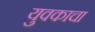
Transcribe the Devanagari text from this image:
युवकाचा